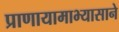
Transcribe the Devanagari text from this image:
प्राणायामाभ्यासाने